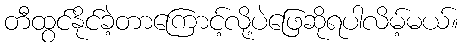
တီထွင်နိုင်ခဲ့တာကြောင့်လို့ပဲဖြေဆိုရပါလိမ့်မယ်။